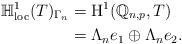
LaTeX: \begin{align*} \mathbb{H}^1_{\mathrm{loc}} (T)_{\Gamma_n} & = \mathrm{H}^1(\mathbb{Q}_{n,p}, T) \\& = \Lambda_n e_1 \oplus \Lambda_n e_2 .\end{align*}